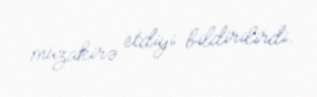
müzakirə etdiyi bildirilirdi.